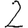
Digit: 2